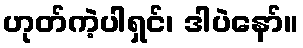
ဟုတ်ကဲ့ပါရှင်၊ ဒါပဲနော်။